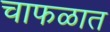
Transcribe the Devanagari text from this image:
चाफळात